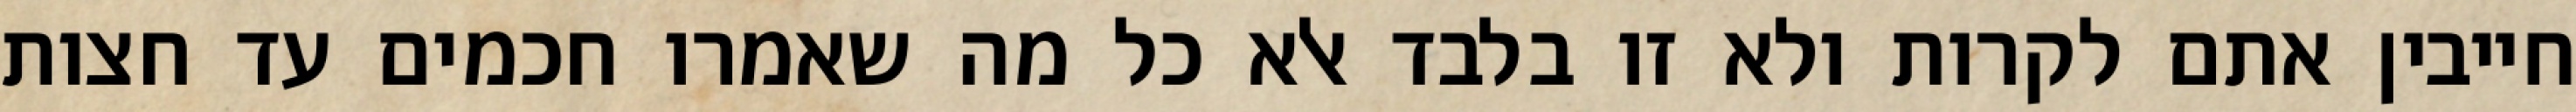
חייבין אתם לקרות ולא זו בלבד אלא כל מה שאמרו חכמים עד חצות